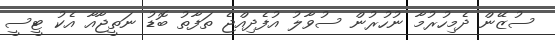
ސުޒޭން ދެމިހުރުމާ ނުހުރުން ސުވާލު އުފެދިއްޖެ ތަފާތު ބޮޑު ނަތީޖާއާ އެކު ޓީސީ